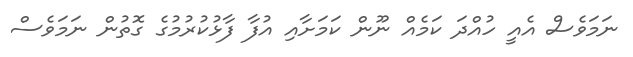
ނަމަވެސް އެއީ ހުއްދަ ކަމެއް ނޫން ކަމަށާއި އުފާ ފާޅުކުރުމުގެ ގޮތުން ނަމަވެސް